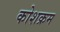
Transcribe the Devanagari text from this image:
कोशक्रम